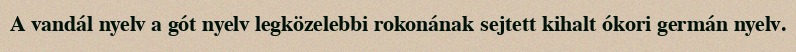
A vandál nyelv a gót nyelv legközelebbi rokonának sejtett kihalt ókori germán nyelv.